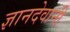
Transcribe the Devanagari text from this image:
ज्ञानदेवानी